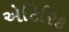
એટિરિક